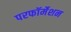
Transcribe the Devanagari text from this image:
परफॉर्मेशन